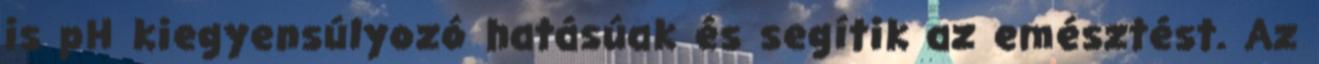
is pH kiegyensúlyozó hatásúak és segítik az emésztést. Az